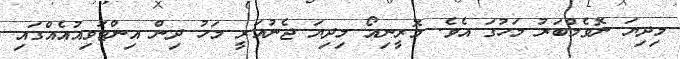
މިދިޔަ ނޮވެމްބަރު މަހުގަ އެެވެ. މޮރީނިއޯ މިދިޔަ ޖެނުއަރީ މަހު ދިން އިންޓަވިއުއެއްގައި